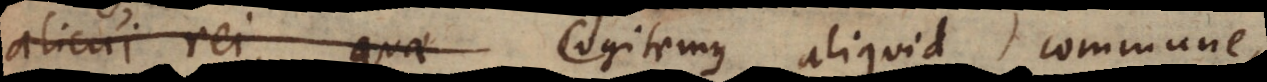
alicui rei, quae cogitemus aliquid commune,